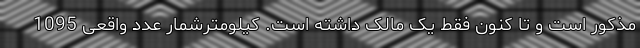
مذکور است و تا کنون فقط یک مالک داشته است. کیلومترشمار عدد واقعی 1095